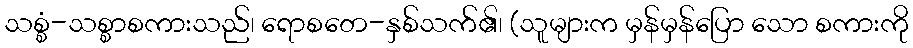
သစ္စံ-သစ္စာစကားသည်၊ ရောစတေ-နှစ်သက်၏၊ (သူများက မှန်မှန်ပြော သော စကားကို